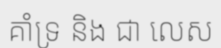
គាំទ្រ និង ជា លេស